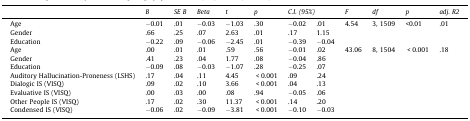
<table><thead><tr><td></td><td><b><i>B</i></b></td><td><b><i>SE B</i></b></td><td><b><i>Beta</i></b></td><td><b><i>t</i></b></td><td><b><i>p</i></b></td><td colspan="2"><b><i>C.I. (95%)</i></b></td><td><b><i>F</i></b></td><td><b><i>df</i></b></td><td><b><i>p</i></b></td><td><b><i>adj. R2</i></b></td></tr></thead><tbody><tr><td>Age</td><td>−0.01</td><td>.01</td><td>−0.03</td><td>−1.03</td><td>.30</td><td>−0.02</td><td>.01</td><td>4.54</td><td>3, 1509</td><td>&lt;0.01</td><td>.01</td></tr><tr><td>Gender</td><td>.66</td><td>.25</td><td>.07</td><td>2.63</td><td>.01</td><td>.17</td><td>1.15</td><td></td><td></td><td></td><td></td></tr><tr><td>Education</td><td>−0.22</td><td>.09</td><td>−0.06</td><td>−2.45</td><td>.01</td><td>−0.39</td><td>−0.04</td><td></td><td></td><td></td><td></td></tr><tr><td>Age</td><td>.00</td><td>.01</td><td>.01</td><td>.59</td><td>.56</td><td>−0.01</td><td>.02</td><td>43.06</td><td>8, 1504</td><td> &lt; 0.001</td><td>.18</td></tr><tr><td>Gender</td><td>.41</td><td>.23</td><td>.04</td><td>1.77</td><td>.08</td><td>−0.04</td><td>.86</td><td></td><td></td><td></td><td></td></tr><tr><td>Education</td><td>−0.09</td><td>.08</td><td>−0.03</td><td>−1.07</td><td>.28</td><td>−0.25</td><td>.07</td><td></td><td></td><td></td><td></td></tr><tr><td>Auditory Hallucination-Proneness (LSHS)</td><td>.17</td><td>.04</td><td>.11</td><td>4.45</td><td> &lt; 0.001</td><td>.09</td><td>.24</td><td></td><td></td><td></td><td></td></tr><tr><td>Dialogic IS (VISQ)</td><td>.09</td><td>.02</td><td>.10</td><td>3.66</td><td> &lt; 0.001</td><td>.04</td><td>.13</td><td></td><td></td><td></td><td></td></tr><tr><td>Evaluative IS (VISQ)</td><td>.00</td><td>.03</td><td>.00</td><td>.08</td><td>.94</td><td>−0.05</td><td>.06</td><td></td><td></td><td></td><td></td></tr><tr><td>Other People IS (VISQ)</td><td>.17</td><td>.02</td><td>.30</td><td>11.37</td><td> &lt; 0.001</td><td>.14</td><td>.20</td><td></td><td></td><td></td><td></td></tr><tr><td>Condensed IS (VISQ)</td><td>−0.06</td><td>.02</td><td>−0.09</td><td>−3.81</td><td> &lt; 0.001</td><td>−0.10</td><td>−0.03</td><td></td><td></td><td></td><td></td></tr></tbody></table>